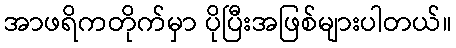
အာဖရိကတိုက်မှာ ပိုပြီးအဖြစ်များပါတယ်။